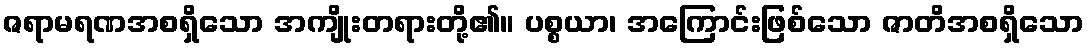
ဇရာမရဏအစရှိသော အကျိုးတရားတို့၏။ ပစ္စယာ၊ အကြောင်းဖြစ်သော ဇာတိအစရှိသော